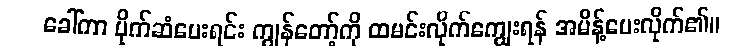
ခေါ်ကာ ပိုက်ဆံပေးရင်း ကျွန်တော့်ကို ထမင်းလိုက်ကျွေးရန် အမိန့်ပေးလိုက်၏။